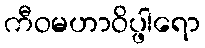
ကီဝမဟာဝိပ္ဖါရော